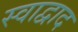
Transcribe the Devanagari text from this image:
स्वाद्वाद